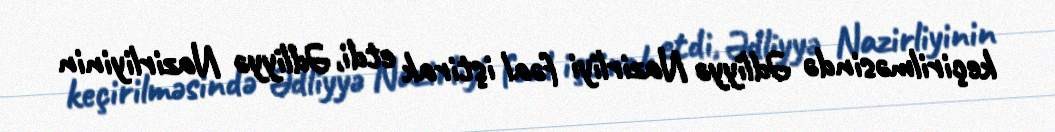
keçirilməsində Ədliyyə Nazirliyi fəal iştirak etdi, Ədliyyə Nazirliyinin